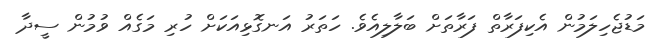
މަޑުޖެހިލަމުން އެކިފަރާތް ފަރާތަށް ބަލާލިއެވެ. ހަތަރު އަނގޮޅިއަކަށް ހުރި މަގެއް ވުމުން ސީދާ